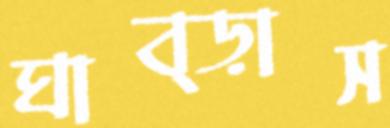
ঘাব্‌ড়াস